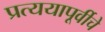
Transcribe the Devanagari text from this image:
प्रत्ययापूर्वीचे